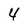
Character: 4